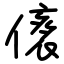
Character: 㒅